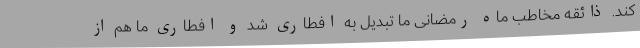
کند. ذائقه مخاطب ماه رمضانی ما تبدیل به افطاری شد و افطاری ما هم از